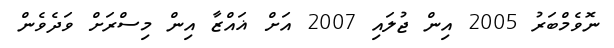
ނޮވެމްބަރު 2005 އިން ޖުލައި 2007 އަށް ޣައްޒާ އިން މިސްރަށް ވަދެވެން